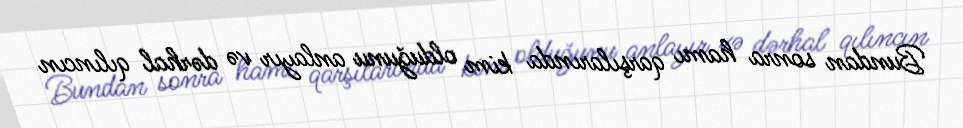
Bundan sonra hamı qarşılarında kim olduğunu anlayır və dərhal qılıncın